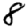
Digit: 8